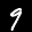
Label: 9